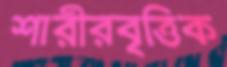
শারীরবৃত্তিক